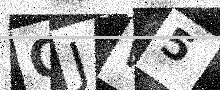
Text: OJW5